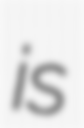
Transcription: is